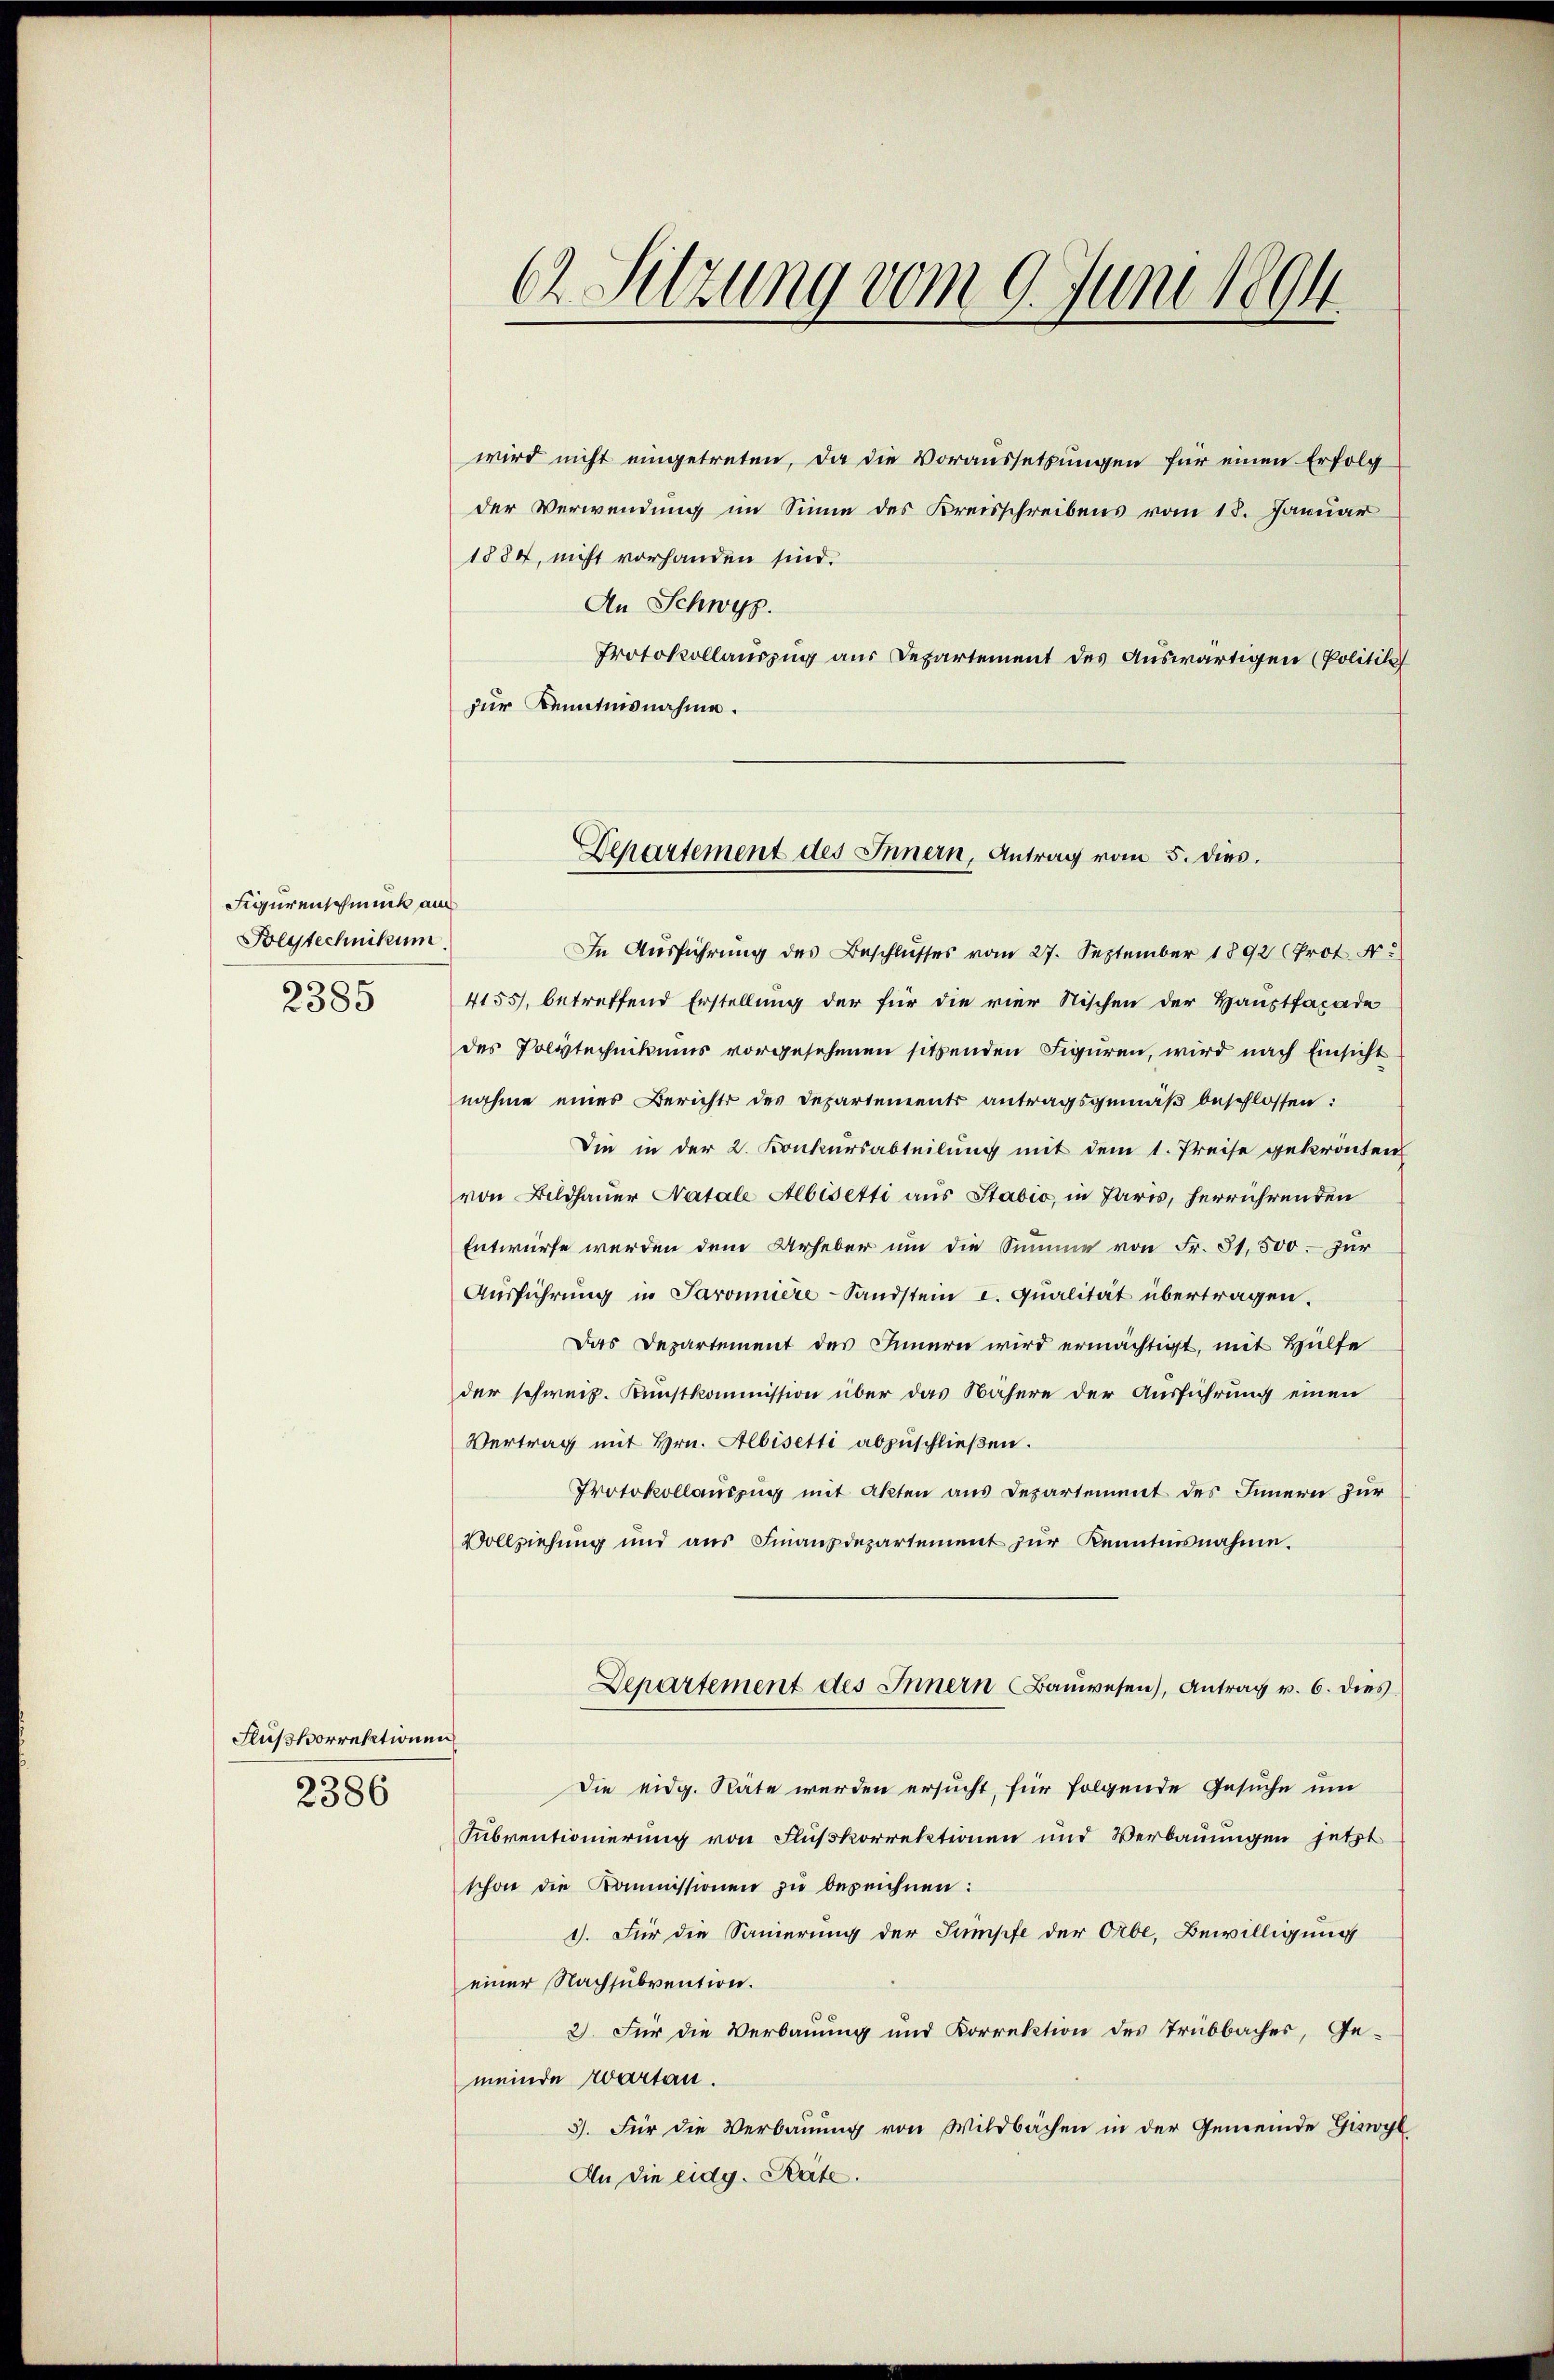
Figurenschmuck aus
Polytechnikum.
2385

Flußkorrektionen
2386

6 Sitzung vom 9. Juni 1894

wird nicht eingetreten, da die Voraussetzungen für einen Erfolg
der Verwendung im Sinne des Kreisschreibens vom 18. Januar
1884, nicht vorhanden sind.
An Schwyz.
Protokollauszug aus Departement des Auswärtigen (Politik
zur Kenntnisnahme.
In Ausführung des Beschlusses vom 27. September 1892 (Prot. N.
4155), betreffend Erstellung der für die vier Stischen der Hauptfacade
des Polytechnikums vorgesehenen sitzenden Figuren, wird nach Einsicht
nahme eines Berichts des Departements antragsgemäß beschlossen:
Die in der 2. Konkursabteilung mit dem 1. Preise gekrönten
von Bildhauer Natale Albisetti aus Stabio, in Paris, herrührenden
Entwurfe werden dem Urheber um die Summe von Fr. 31,500.- zur
Ausführung in Paronniere Sandstein c. Qualität übertragen.
Das Departement des Innern wird ermächtigt, mit Hülfe
der schweiz. Kunstkommission über das Nähere der Ausführung einen
Vertrag mit Hrn. Albisetti abzuschließen.
Protokollauszug mit Akten aus Departement des Innern zur
Vollziehung und aus Finanzdepartement zur Kenntnisnahme.
Departement des Innern Baŭwesen), Antrag v. 6. dies
Die eidg. Räte werden ersucht, für folgende Gesuche um
Subventionierung von Flußkorrektionen und Verbauungen jetzt
schon die Kommissionen zŭ bezeichnen:
1). Für die Sauerung der Sumpfe der Orbe, Bewilligung
einer Nachsubvention.
2) Für die Verbauung und Korrektion des Trübbacher, Ge-
meinde zarten.
3). Für die Verbauung von Wildbachen in der Gemeinde Giswyl
An die eidg. Rate.

Departement des Innern, Antrag vom 5. dies.